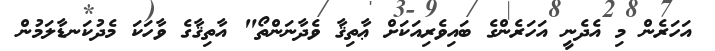
އަހަރެން މި އެދެނީ އަހަރެންގެ ބައިވެރިއަކަށް ޢާތިޤާ ވެދާނަންތޯ" އާތިޤާގެ ވާހަކަ މެދުކަނޑާލަމުން